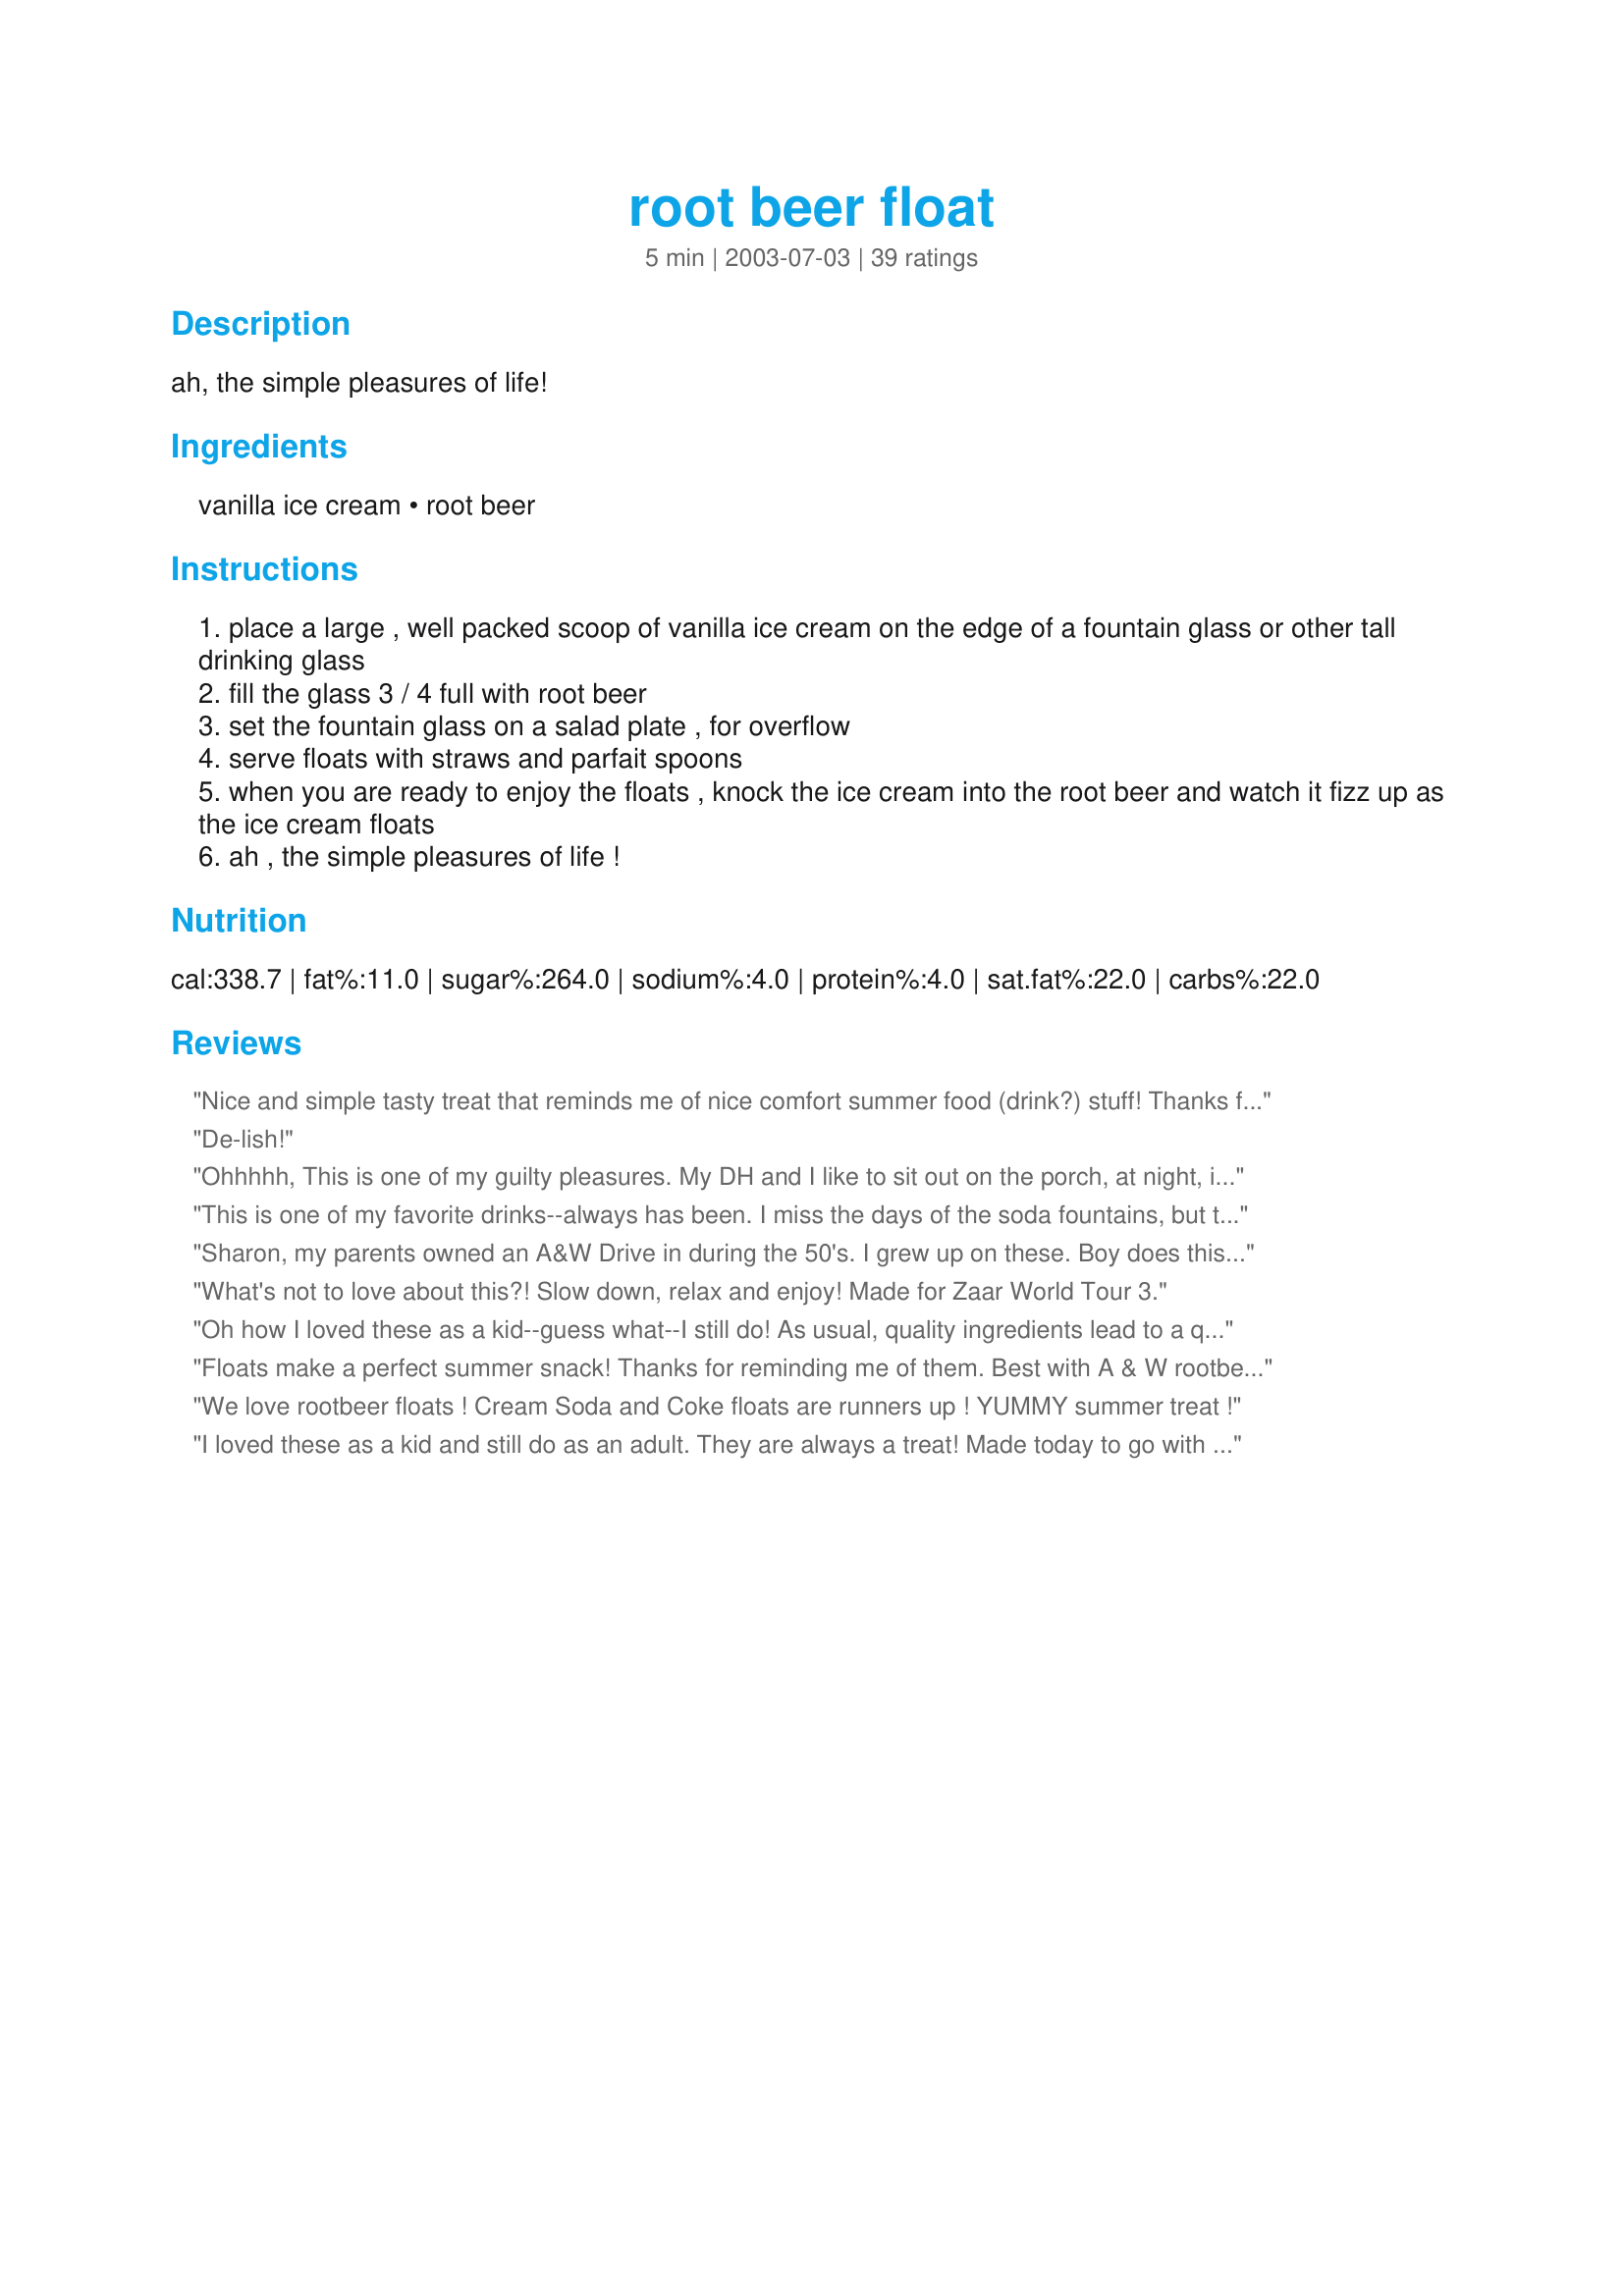
root beer float
Preparation time: 5 minutes

ah, the simple pleasures of life!

Ingredients:
vanilla ice cream, root beer

Steps:
place a large , well packed scoop of vanilla ice cream on the edge of a fountain glass or other tall drinking glass
fill the glass 3 / 4 full with root beer
set the fountain glass on a salad plate , for overflow
serve floats with straws and parfait spoons
when you are ready to enjoy the floats , knock the ice cream into the root beer and watch it fizz up as the ice cream floats
ah , the simple pleasures of life !

Reviews:
Nice and simple tasty treat that reminds me of nice comfort summer food (drink?) stuff! Thanks for sharing!
De-lish!
Ohhhhh, This is one of my guilty pleasures. My DH and I like to sit out on the porch, at night, in the summer when it's really hot outside and enjoy these. Absolutely delicious and one of our favorite treats! Mmmm.....
This is one of my favorite drinks--always has been. I miss the days of the soda fountains, but this is next best.
Sharon, my parents owned an A&W Drive in during the 50's. I grew up on these. Boy does this bring back memories. Thanks. Gloria
What's not to love about this?! Slow down, relax and enjoy! Made for Zaar World Tour 3.
Oh how I loved these as a kid--guess what--I still do! As usual, quality ingredients lead to a quality outcome--use a good ice cream and good root beer! Made for Zaar World Tour III.
Floats make a perfect summer snack! Thanks for reminding me of them. Best with A & W rootbeer, in my opinion. You can even make them with regular Coke. Two hints: put the glass in your freezer first, so it's nice and frosty. And, be careful not to pack the ice cream very tightly into the glass, because it's hard to eat, and hard to get enough root beer in the glass if it can't get around the ice cream.
We love rootbeer floats ! Cream Soda and Coke floats are runners up ! YUMMY summer treat !
I loved these as a kid and still do as an adult. They are always a treat! Made today to go with Italian Subs. Yummy!
Perfect!!! We take tall mugs and throw them in the freezer to chill.
Bring them out and follow the recipe.! We also do this with creme soda, coke and pepsi but our favorite is root beer.
this is excellent. Made with ibc and you can't get any easier or tastier then this. Get well sharon..
This is a standard at our birthday parties. A classic that will never go out of style!!
Yum! We had everything on hand and like someone else said, I forgot how good this was. Thx. for reminding us. Great blast from the past!
Hubby really enjoyed this float
Great recipe and a real favourite of mine. I just happened to buy some A&W rootbeer yesterday. I saw that you had suggested this recipe for my "May Menu" and I just couldn't wait until then! Hope you don't mind that I added a pic of this yummy treat for everyone to see! Thanks for posting!
These drinks are always a treat! I cut the recipe in half and my son and I enjoyed this with our sandwich for lunch! Refreshing and delicious. Thanks! Cindy
Ah, happy memories of sitting on the front porch with Gramma and Grampa when I was a little kid, enjoying our root beer floats and the evening in general. Yummy stuff!
I can't tell you how long it has been since I had one of these! It made me feel like a kid again when my Dad would make these (this was HIS specialty). I still will never understand why this isn't a "food group" :) Thanks so much, Sharon123.

This is my favorite treat to give my students when they least expect it. Super easy to throw together, and always a pleaser. Thanks for sharing!
As good as you remember! I'm partial to IBC but any root beer will do. Thanks, Sharon, for helping me introduce my 5 year-old to this classic!
Very enjoyable. This is great with Hires root beer.
Made this last night for a treat for hubby and I. We loved it. Made for ZWT 07
Yum!! Absolutely perfect!!
I gave this 5 stars. My family loves root beer floats. I remember as a child my grandpa taking me to A&W for root beer floats. Thanks for posting such a yummy recipe! Christine (internetnut)
These were PERFECT.... I make them this way all the time. Thank you
This is a standard in our home! A good quality vanilla ice cream and A & W root beer. A classic! It's perfect just as it is!
We made these for Valentine's Day today in my 3rd grade class. Each child received the recipe and then we calculated the quantity of each ingredient we would need to serve 20 students. We also converted the pint, quart, and gallon quantites. The kids loved them and so did all of the adults! I had forgotten how good they are. Thank you Sharon you inspired a fun math lesson for my class.
ahh you can blend this to make a root beer freeze thanks for posting a great recipe dee
I had these when I was a child and loved coming across the recipe to remind me. Now there is an easy treat for the grandkids to think Ganmaw is the best! Quote from my 5 year old son and 6 year old grandson - "Can you make us another one!". Thank you Sharon!!! Made during ZWT3 by a Fellow Floozie - Remembering Amy.
a trip down memory lane, I hade 2 large bottles of A&W root beer sitting around for the longest time, I'm really surprised I did not think of making this any earlier, both myself and DH really enjoyed this float, thanks for the memories Shar! :)
Sharon, I've been making these delicious treats since I was tall enough to reach the freezer! Nothing hits the spot like a refreshingly cold root beer float! You have to allow the fizz to run over the top of your glass ~ That's half the fun : ) Thanks Sharon, for sharing this wonderful classic!
One of my favorite treats by far! So much that for my birthday at work, instead of making punch, we just made a HUGE root beer float in a punch bowl! yummy!
I made these at my moms house today with my 5 yr old. MMM! Brought back memories!! Made for ZWT3.
This is the best with IBC Rootbeer. A great treat for those quiet evenings on your back porch with your kids. You're right! A simple pleasure of life!
Brings back so many memories, I craved these when I was pregnant with my now 3 yo DD. I use to stop at least once a week and get one. YUMMY!
What can I say? A classic! Teenage DD took care of the taste testing tonight...wasn't that generous of her? Made for ZWT3.
Thanks for posting Sharon! These were a fun addition to a birthday party. The perfect simple treat. We used A&W rootbeer and Breyers all natural vanilla ice cream in Solo square cups. They were enjoyed by all. Easy, fun, and portable. Enjoy ChefDLH
Heaven! How can you go wrong with ice cream and soda. The rootbeer gets so creamy and sweeter! Oh my I want one know and its 8:00 in the a.m.!!! Thank you for reminding me of this delicious cold treat. We loved it.
